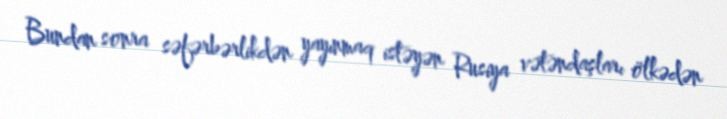
Bundan sonra səfərbərlikdən yayınmaq istəyən Rusiya vətəndaşları ölkədən